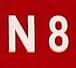
n8